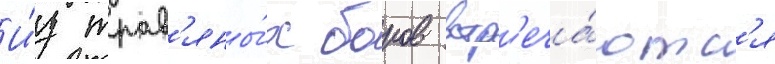
И́з трав'яны́х боров встр'еча́ютс'я